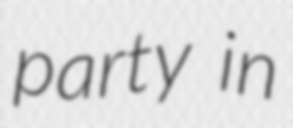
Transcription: party in